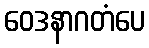
ဝေဒနာဂတံပေ